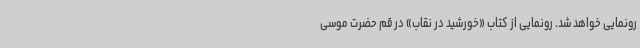
رونمایی خواهد شد. رونمایی از کتاب «خورشید در نقاب» در قم حضرت موسی